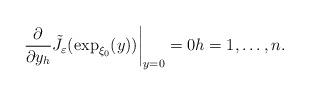
LaTeX: \begin{align*}\left. \frac{\partial}{\partial y_{h}}\tilde{J}_{\varepsilon}(\exp_{\xi_{0}}(y))\right\vert _{y=0}=0h=1,\dots,n.\end{align*}